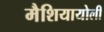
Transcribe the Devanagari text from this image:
मैशियायोली